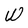
Character: W